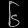
Digit: ၆